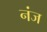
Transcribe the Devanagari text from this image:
नंज